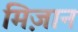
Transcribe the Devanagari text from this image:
मिज़ान